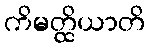
ကိမတ္ထိယာတိ